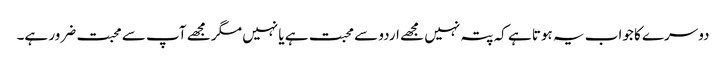
دوسرے کا جواب یہ ہوتا ہے کہ پتہ نہیں مجھے اردو سے محبت ہے یا نہیں مگر مجھے آپ سے محبت ضرور ہے۔